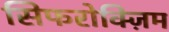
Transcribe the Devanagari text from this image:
सिफरोक्ज़िम